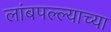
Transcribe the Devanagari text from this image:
लांबपल्ल्याच्या